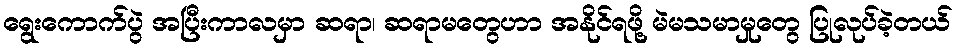
ရွေးကောက်ပွဲ အပြီးကာလမှာ ဆရာ၊ ဆရာမတွေဟာ အနိုင်ရဖို့ မဲမသမာမှုတွေ ပြုလုပ်ခဲ့တယ်